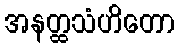
အနတ္ထသံဟိတော